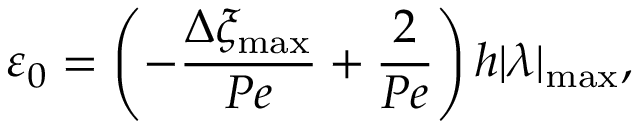
\varepsilon _ { 0 } = \left( - \frac { \Delta \xi _ { \operatorname* { m a x } } } { P e } + \frac { 2 } { P e } \right) h | \lambda | _ { \operatorname* { m a x } } ,